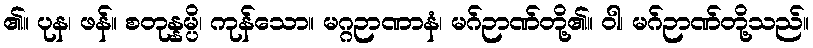
၏။ ပုန၊ ဖန်။ စတုန္နမ္ပိ၊ ကုန်သော။ မဂ္ဂဉာဏာနံ၊ မဂ်ဉာဏ်တို့၏။ ဝါ၊ မဂ်ဉာဏ်တို့သည်။